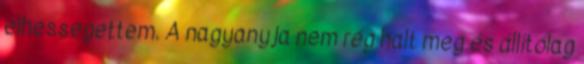
elhessegettem. A nagyanyja nem rég halt meg és állítólag